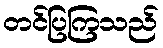
တင်ပြကြသည်